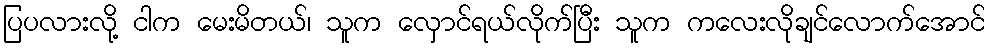
ပြပလားလို့ ငါက မေးမိတယ်၊ သူက လှောင်ရယ်လိုက်ပြီး သူက ကလေးလိုချင်လောက်အောင်